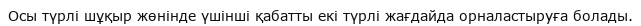
Осы түрлі шұқыр жөнінде үшінші қабатты екі түрлі жағдайда орналастыруға болады.